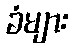
ခံများ